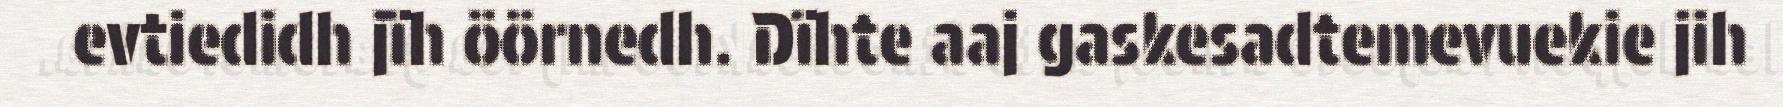
evtiedidh jïh öörnedh. Dïhte aaj gaskesadtemevuekie jih